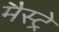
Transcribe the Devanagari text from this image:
मैस्ट्रे